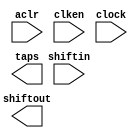
// megafunction wizard: %Shift register (RAM-based)%VBB%
// GENERATION: STANDARD
// VERSION: WM1.0
// MODULE: ALTSHIFT_TAPS 

// ============================================================
// Megafunction Name(s):
// 			ALTSHIFT_TAPS
//
// Simulation Library Files(s):
// 			altera_mf
// ============================================================
// ************************************************************
// THIS IS A WIZARD-GENERATED FILE. DO NOT EDIT THIS FILE!
//
// 15.1.2 Build 193 02/01/2016 SJ Standard Edition
// ************************************************************

//Copyright (C) 1991-2016 Altera Corporation. All rights reserved.
//Your use of Altera Corporation's design tools, logic functions 
//and other software and tools, and its AMPP partner logic 
//functions, and any output files from any of the foregoing 
//(including device programming or simulation files), and any 
//associated documentation or information are expressly subject 
//to the terms and conditions of the Altera Program License 
//Subscription Agreement, the Altera Quartus Prime License Agreement,
//the Altera MegaCore Function License Agreement, or other 
//applicable license agreement, including, without limitation, 
//that your use is for the sole purpose of programming logic 
//devices manufactured by Altera and sold by Altera or its 
//authorized distributors.  Please refer to the applicable 
//agreement for further details.

module Bayer_LineBuffer (
	aclr,
	clken,
	clock,
	shiftin,
	shiftout,
	taps);

	input	  aclr;
	input	  clken;
	input	  clock;
	input	[11:0]  shiftin;
	output	[11:0]  shiftout;
	output	[35:0]  taps;
`ifndef ALTERA_RESERVED_QIS
// synopsys translate_off
`endif
	tri1	  aclr;
	tri1	  clken;
`ifndef ALTERA_RESERVED_QIS
// synopsys translate_on
`endif

endmodule

// ============================================================
// CNX file retrieval info
// ============================================================
// Retrieval info: PRIVATE: ACLR NUMERIC "1"
// Retrieval info: PRIVATE: CLKEN NUMERIC "1"
// Retrieval info: PRIVATE: GROUP_TAPS NUMERIC "0"
// Retrieval info: PRIVATE: INTENDED_DEVICE_FAMILY STRING "Stratix V"
// Retrieval info: PRIVATE: NUMBER_OF_TAPS NUMERIC "3"
// Retrieval info: PRIVATE: RAM_BLOCK_TYPE NUMERIC "1"
// Retrieval info: PRIVATE: SYNTH_WRAPPER_GEN_POSTFIX STRING "0"
// Retrieval info: PRIVATE: TAP_DISTANCE NUMERIC "1920"
// Retrieval info: PRIVATE: WIDTH NUMERIC "12"
// Retrieval info: LIBRARY: altera_mf altera_mf.altera_mf_components.all
// Retrieval info: CONSTANT: INTENDED_DEVICE_FAMILY STRING "Stratix V"
// Retrieval info: CONSTANT: LPM_HINT STRING "RAM_BLOCK_TYPE=M20K"
// Retrieval info: CONSTANT: LPM_TYPE STRING "altshift_taps"
// Retrieval info: CONSTANT: NUMBER_OF_TAPS NUMERIC "3"
// Retrieval info: CONSTANT: TAP_DISTANCE NUMERIC "1920"
// Retrieval info: CONSTANT: WIDTH NUMERIC "12"
// Retrieval info: USED_PORT: aclr 0 0 0 0 INPUT VCC "aclr"
// Retrieval info: USED_PORT: clken 0 0 0 0 INPUT VCC "clken"
// Retrieval info: USED_PORT: clock 0 0 0 0 INPUT NODEFVAL "clock"
// Retrieval info: USED_PORT: shiftin 0 0 12 0 INPUT NODEFVAL "shiftin[11..0]"
// Retrieval info: USED_PORT: shiftout 0 0 12 0 OUTPUT NODEFVAL "shiftout[11..0]"
// Retrieval info: USED_PORT: taps 0 0 36 0 OUTPUT NODEFVAL "taps[35..0]"
// Retrieval info: CONNECT: @aclr 0 0 0 0 aclr 0 0 0 0
// Retrieval info: CONNECT: @clken 0 0 0 0 clken 0 0 0 0
// Retrieval info: CONNECT: @clock 0 0 0 0 clock 0 0 0 0
// Retrieval info: CONNECT: @shiftin 0 0 12 0 shiftin 0 0 12 0
// Retrieval info: CONNECT: shiftout 0 0 12 0 @shiftout 0 0 12 0
// Retrieval info: CONNECT: taps 0 0 36 0 @taps 0 0 36 0
// Retrieval info: GEN_FILE: TYPE_NORMAL Bayer_LineBuffer.v TRUE
// Retrieval info: GEN_FILE: TYPE_NORMAL Bayer_LineBuffer.inc FALSE
// Retrieval info: GEN_FILE: TYPE_NORMAL Bayer_LineBuffer.cmp FALSE
// Retrieval info: GEN_FILE: TYPE_NORMAL Bayer_LineBuffer.bsf FALSE
// Retrieval info: GEN_FILE: TYPE_NORMAL Bayer_LineBuffer_inst.v FALSE
// Retrieval info: GEN_FILE: TYPE_NORMAL Bayer_LineBuffer_bb.v TRUE
// Retrieval info: LIB_FILE: altera_mf